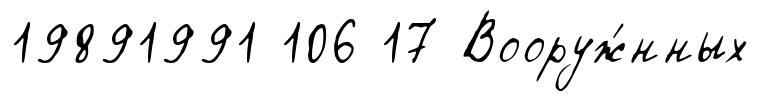
19891991 106 17 Вооруж́нных